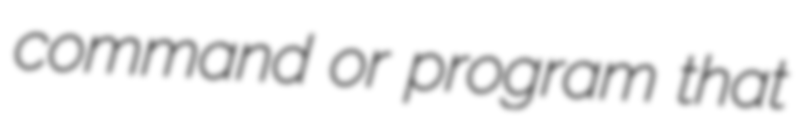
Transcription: command or program that